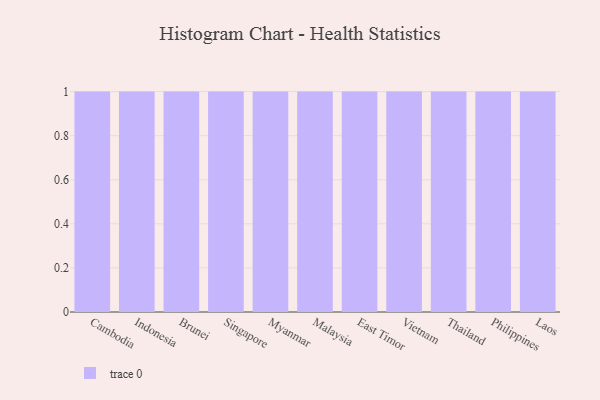
{"axis": {"x": "Country", "y": "Humidity (%)"}, "legend": [""], "data": [{"x": "Cambodia", "y": 72, "type": ""}, {"x": "Indonesia", "y": 77, "type": ""}, {"x": "Brunei", "y": 39, "type": ""}, {"x": "Singapore", "y": 88, "type": ""}, {"x": "Myanmar", "y": 14, "type": ""}, {"x": "Malaysia", "y": 7, "type": ""}, {"x": "East Timor", "y": 10, "type": ""}, {"x": "Vietnam", "y": 43, "type": ""}, {"x": "Thailand", "y": 8, "type": ""}, {"x": "Philippines", "y": 15, "type": ""}, {"x": "Laos", "y": 12, "type": ""}]}